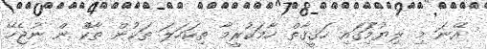
އޭނަ މި ލިޔުމުަެިގަެއި ހަޤީޤާތް ހާމަކުރީމާ ތިކަހަލަ ތަަކުން ތާކުް ން ނުޖެހޭ